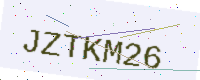
Text: JZTKM26